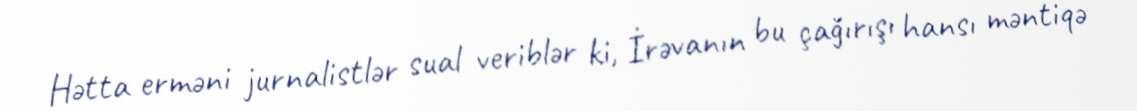
Hətta erməni jurnalistlər sual veriblər ki, İrəvanın bu çağırışı hansı məntiqə